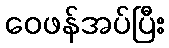
ဝေဖန်အပ်ပြီး